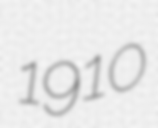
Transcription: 1910